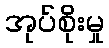
အုပ်စိုးမှု